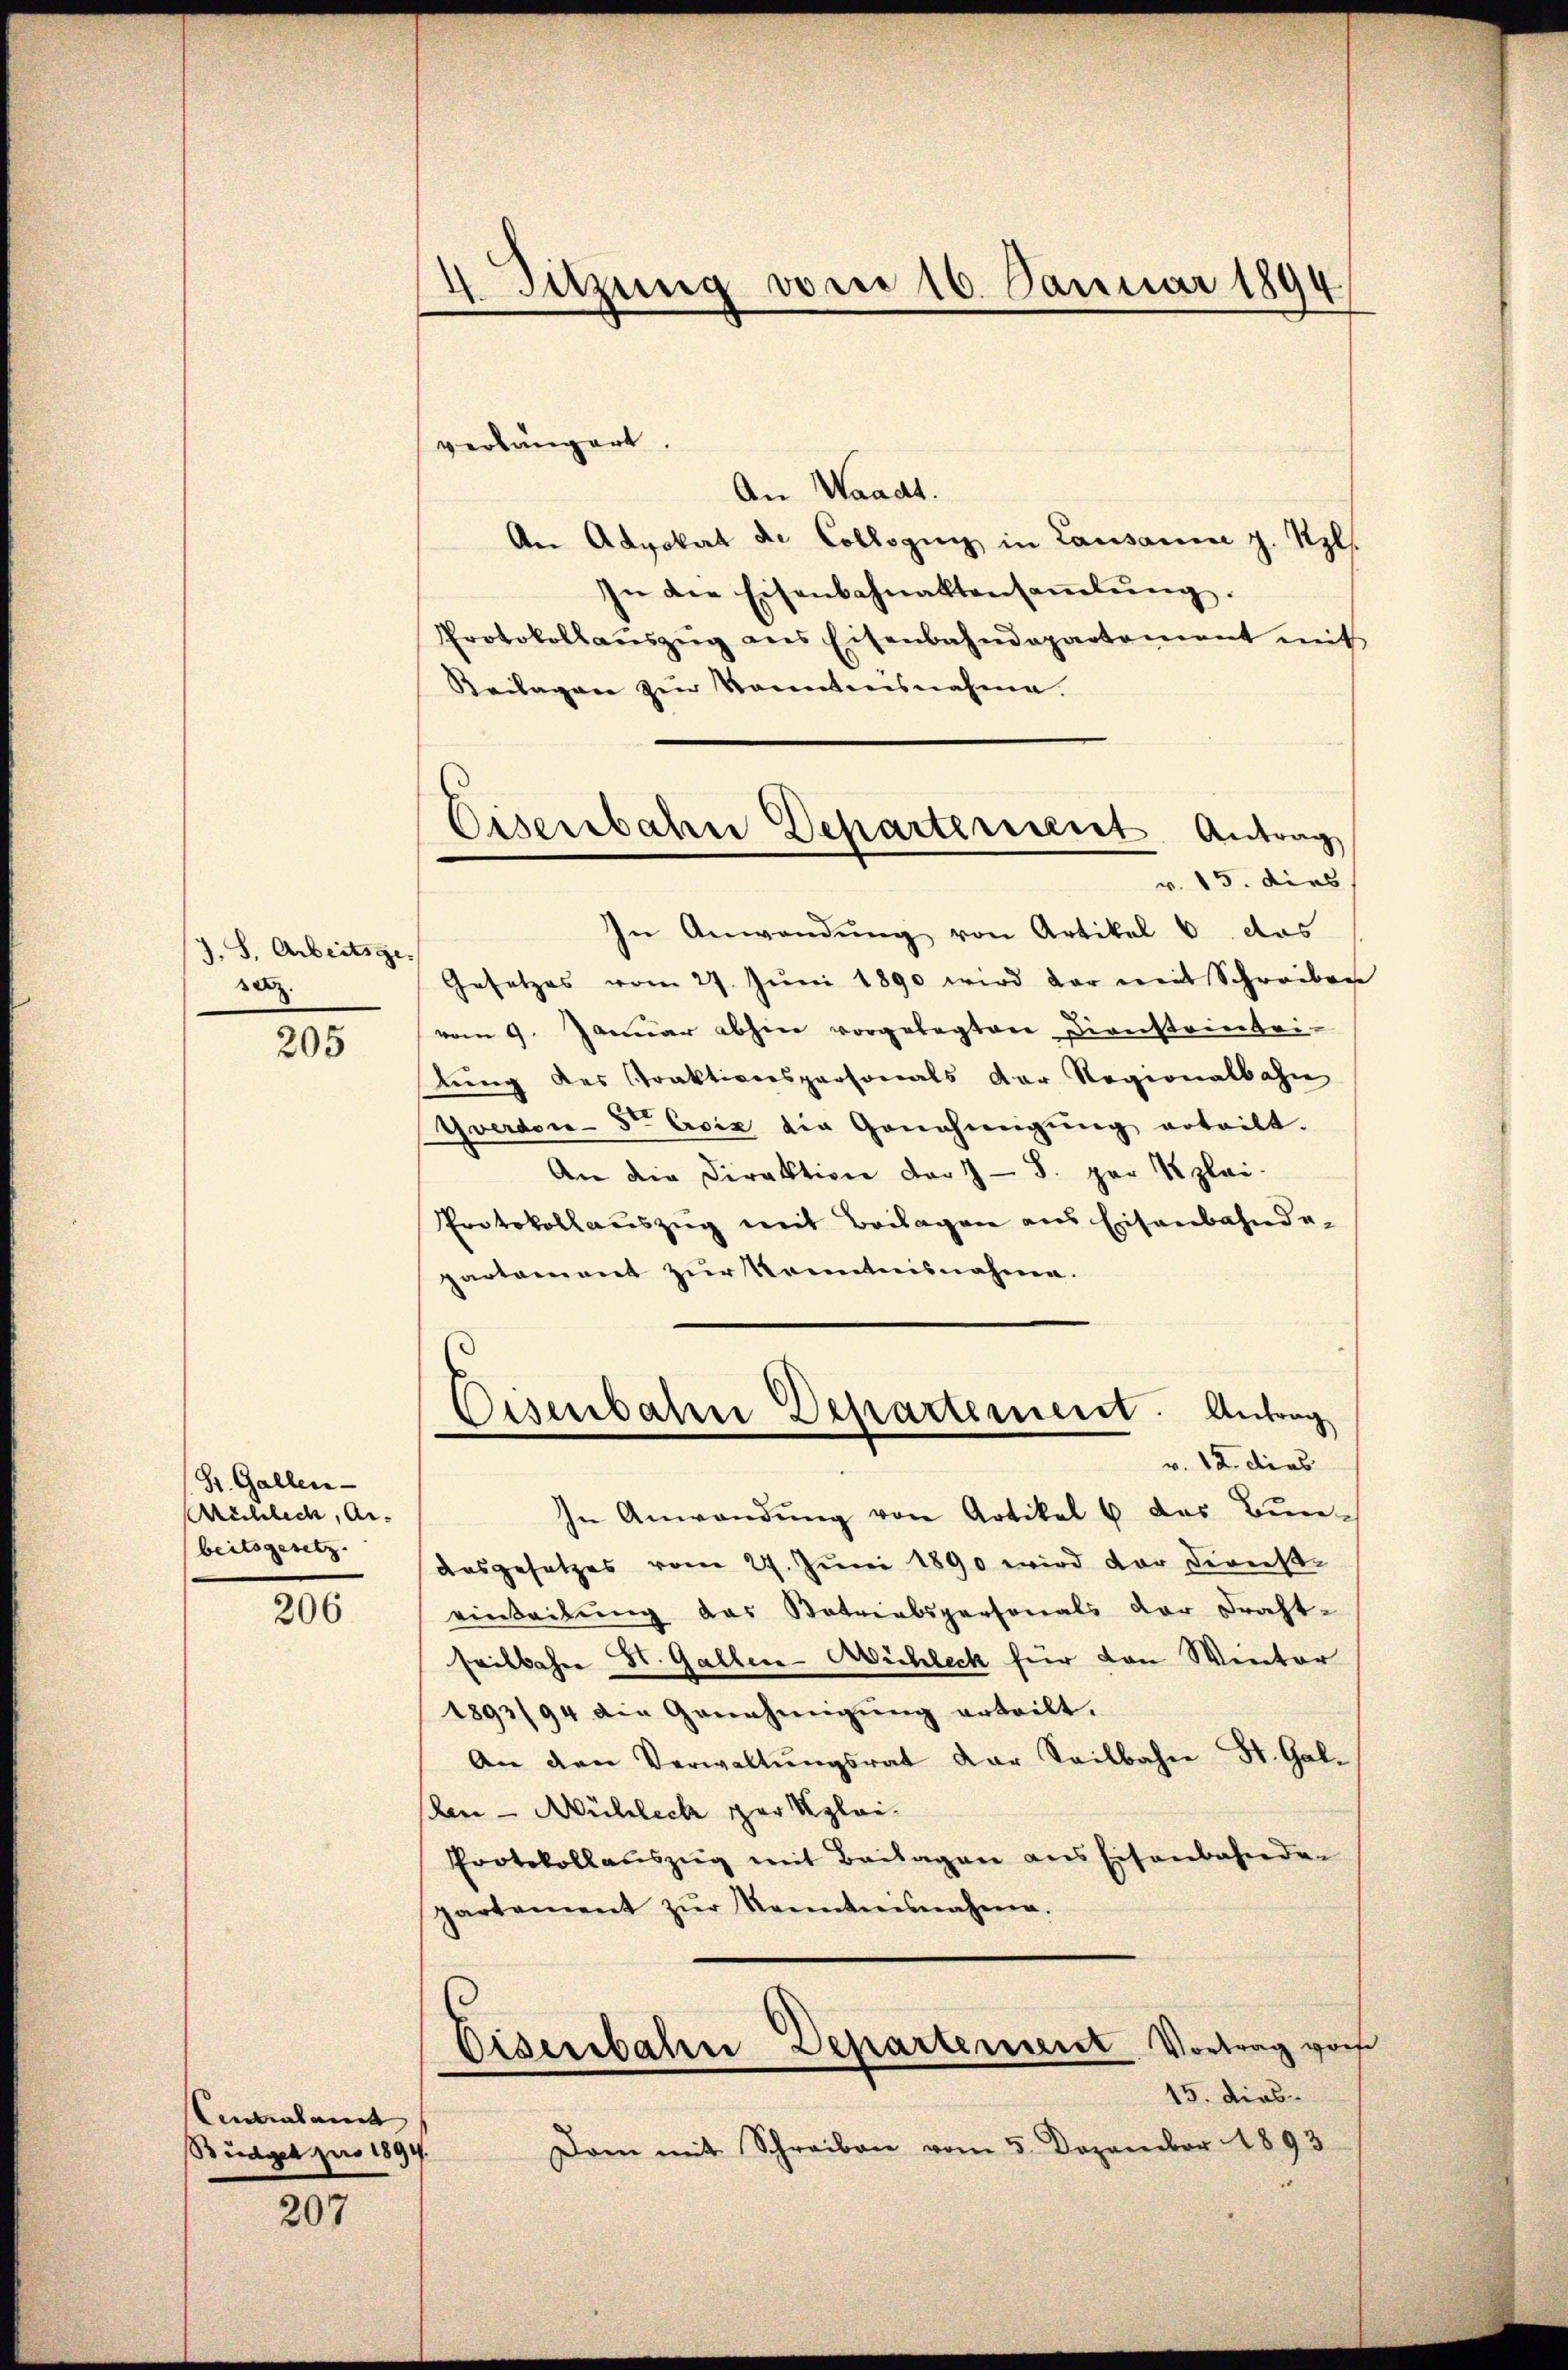
J. S. Arbeitsge
se.

205

St. Gallen
Michlech, Ai
beitsgesetz |

206

Centralamt
Büdget pro 1894.

207

4 Sitzung vom 16. Januar 1894

Eisenbahn Departement Antrag
v. 15. dies

verlängert.
An Waadt.
An Advokat de Collegung in Lausanne z. Szl.
In die Eisenbahnaktensaṁlŭng.
Protokollaŭszŭg ans Eisenbahndepartement mit
Beilagen zŭr kanntensnahme.
In Anwendŭng von Artikel 6 das
Gesetzes vom 27. Jŭni 1890 wird dar mit Schreiben
vom 9. Janŭar abhin vorgelegten Diensteinbei-
lung des Praktiverspersonals der Regionalbahn
Yverdoie-St Csiz die Genehmigŭng erteilt.
An die Direktion der 9 - 8. par Kzlei-
Protokollauszug mit Beilagen aus Eisenbahnde-
partement zur Kenntnisnahme.
Eisenbahn Departement. Antrag
v. 12. dies
In Anwendŭng von Artikel 6 das Bun-
Ausgesetzes vom 27. Juni 1890 wird der Direkt
einteilung das Patriabspersonals der Fracht-
seilbahre St. Gallen-Wichleck für den Winter
1893/94 die Genehmigŭng erteilt.
An den Verwaltŭngsrat dar Seilbahn St. Gal-
ben - Wührlich zur Klei¬
Protokollaŭszŭg mit Beilagen ans Eisenbahnden
partement zŭr Kenntnisnahme.

Diserbahn Departement Vortrag von
15. dies

Dom mit Schreiben vom 5. Dezember 1893.